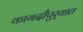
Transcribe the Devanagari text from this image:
कागदीपुर्‍यात